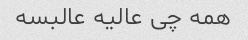
همه چی عالیه عالبسه